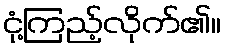
ငုံ့ကြည့်လိုက်၏။